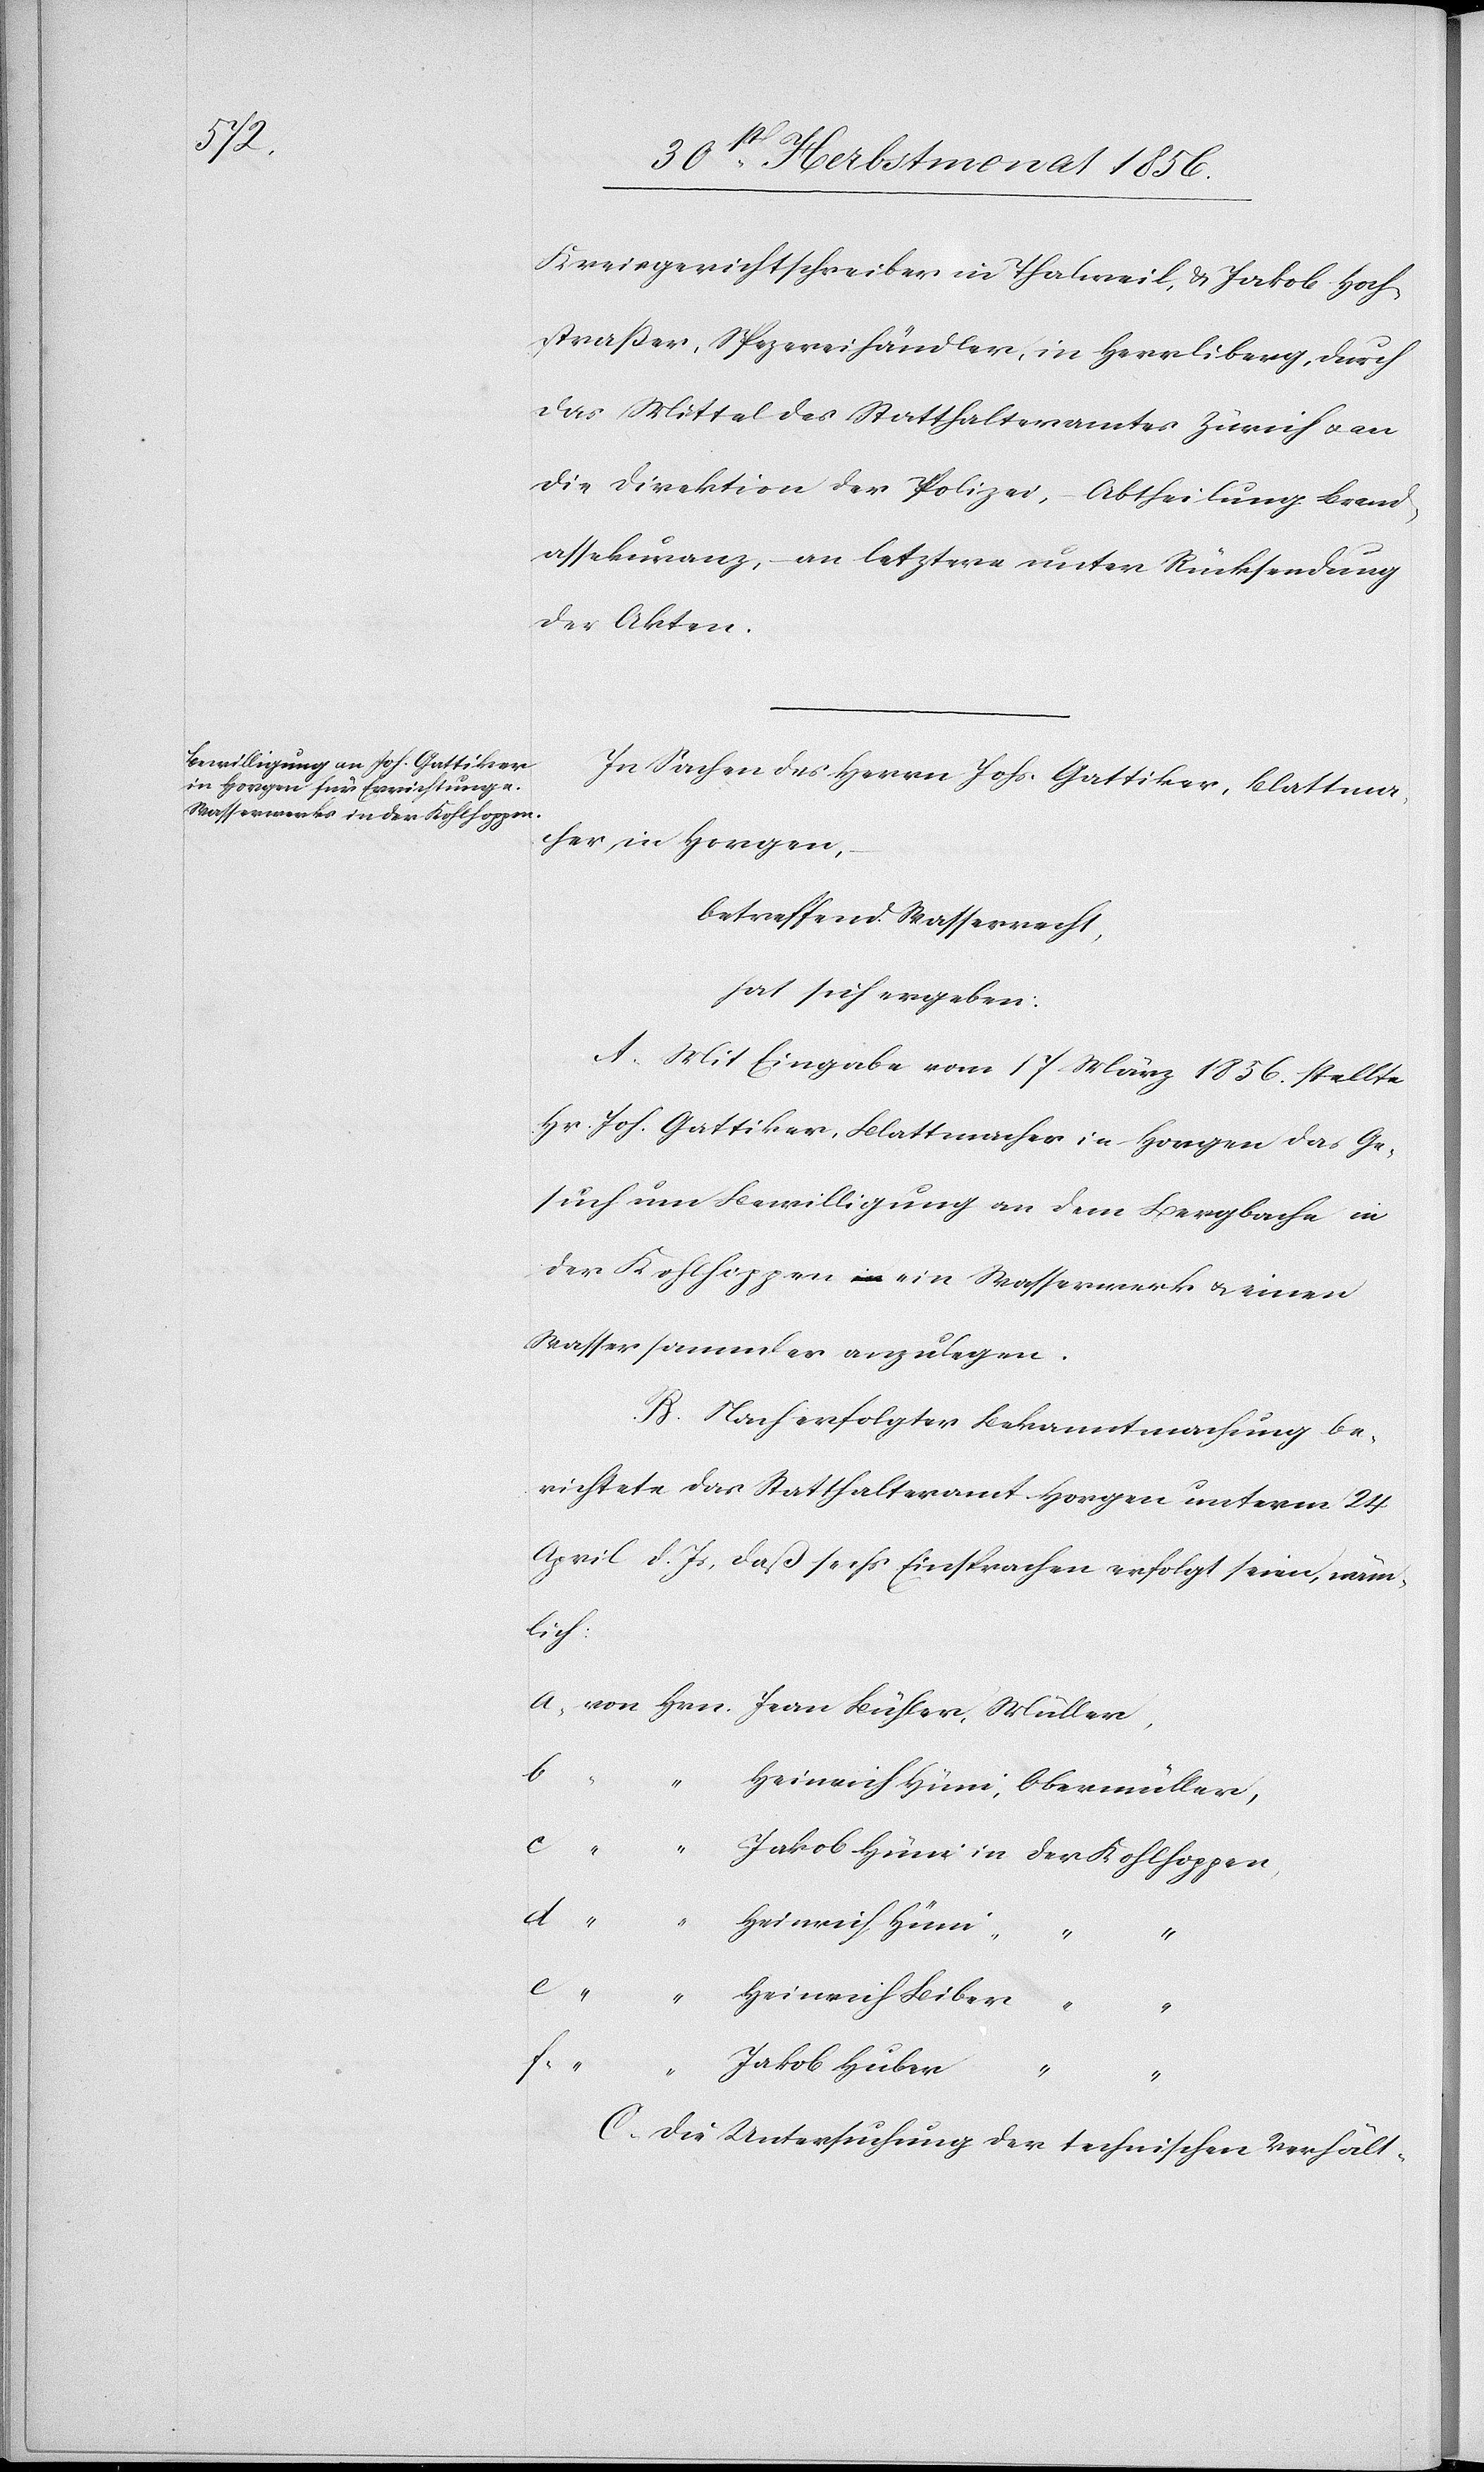
Kreisgerichtschreiber in Thalweil, & Jakob Hoch¬
strasser, Spezereihändler, in Herrliberg, durch
das Mittel des Statthalteramtes Zürich u. an
die Direktion der Polizei, Abtheilung Brand¬
assekuranz, an letztere unter Rücksendung
der Akten.
In Sachen des Herrn Johs. Gattiker, Blattma¬
cher, in Horgen,
betreffend Wasserrecht,
hat sich ergeben:
A. Mit Eingabe vom 17 März 1856. stellte
Hr. Joh. Gattiker, Blattmacher in Horgen das Ge¬
such um Bewilligung an dem Bergbache in
der Kohlhoppen ein Wasserwerk u. einen
Wassersammler anzulegen.
B. Nach erfolgter Bekanntmachung be¬
richtete das Statthalteramt Horgen unterm 24
April d. Js, daß sechs Einsprachen erfolgt seien, näm¬
lich:
a.) von Hrn. Jean Buchser, Müller,
d.)
e.)
“	Heinrich Hüni, Obermüller,
c.)
“	Jakob Hüni	in der Kohlhoppen,
“	Heinrich Biber
f.)
C. Die Untersuchung der technischen Verhält-